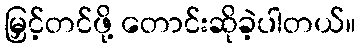
မြှင့်တင်ဖို့ တောင်းဆိုခဲ့ပါတယ်။